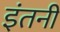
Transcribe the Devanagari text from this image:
इंतनी